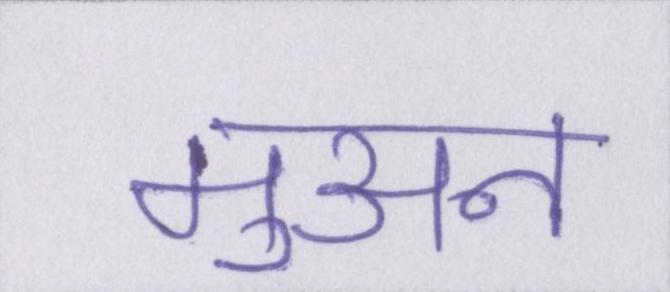
मुअन